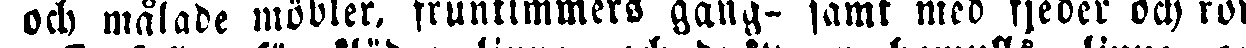
och målade möbler, fruntimmers gång- samt med fjeder och rör-